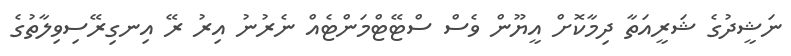
ނަޝީދުގެ ޝަރީއަތާ ދިމާކޮށް އީޔޫން ވެސް ސްޓޭޓްމަންޓެއް ނެރުނު އިރު ރޭ އިނގިރޭސިވިލާތުގެ